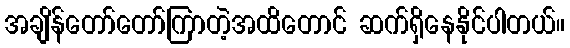
အချိန်တော်တော်ကြာတဲ့အထိတောင် ဆက်ရှိနေနိုင်ပါတယ်။